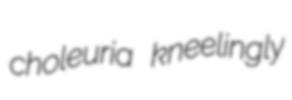
choleuria kneelingly